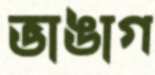
ভাঙাগ